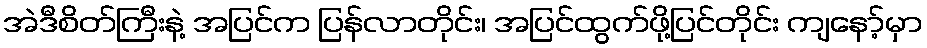
အဲဒီစိတ်ကြီးနဲ့ အပြင်က ပြန်လာတိုင်း၊ အပြင်ထွက်ဖို့ပြင်တိုင်း ကျနော့်မှာ